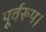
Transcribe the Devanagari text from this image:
पूर्वरूप।